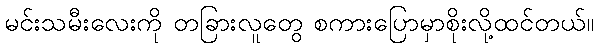
မင်းသမီးလေးကို တခြားလူတွေ စကားပြောမှာစိုးလို့ထင်တယ်။